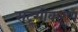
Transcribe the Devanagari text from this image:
सदृशीकरण